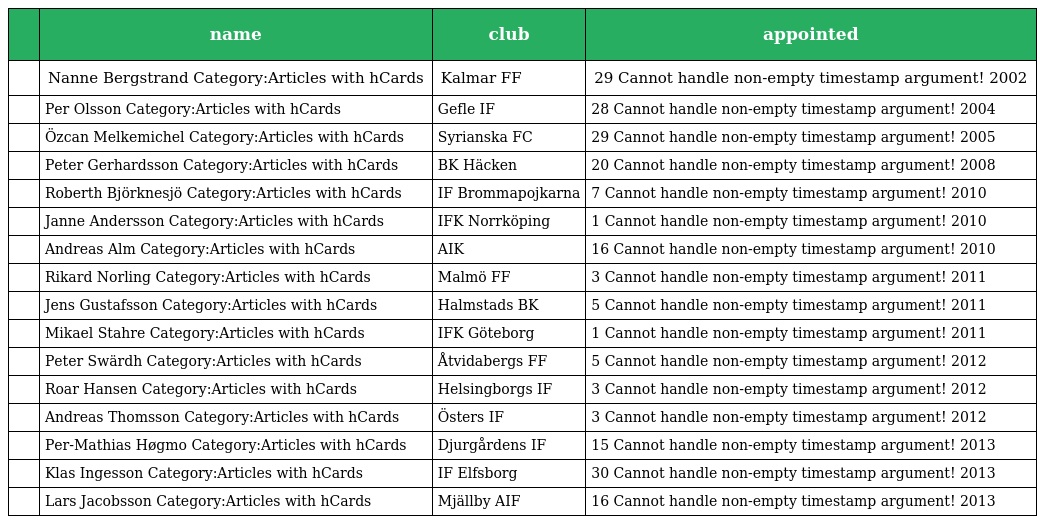
|  | name | club | appointed |
 | --- | --- | --- | --- |
 |  | Nanne Bergstrand Category:Articles with hCards | Kalmar FF | 29 Cannot handle non-empty timestamp argument! 2002 |
 |  | Per Olsson Category:Articles with hCards | Gefle IF | 28 Cannot handle non-empty timestamp argument! 2004 |
 |  | Özcan Melkemichel Category:Articles with hCards | Syrianska FC | 29 Cannot handle non-empty timestamp argument! 2005 |
 |  | Peter Gerhardsson Category:Articles with hCards | BK Häcken | 20 Cannot handle non-empty timestamp argument! 2008 |
 |  | Roberth Björknesjö Category:Articles with hCards | IF Brommapojkarna | 7 Cannot handle non-empty timestamp argument! 2010 |
 |  | Janne Andersson Category:Articles with hCards | IFK Norrköping | 1 Cannot handle non-empty timestamp argument! 2010 |
 |  | Andreas Alm Category:Articles with hCards | AIK | 16 Cannot handle non-empty timestamp argument! 2010 |
 |  | Rikard Norling Category:Articles with hCards | Malmö FF | 3 Cannot handle non-empty timestamp argument! 2011 |
 |  | Jens Gustafsson Category:Articles with hCards | Halmstads BK | 5 Cannot handle non-empty timestamp argument! 2011 |
 |  | Mikael Stahre Category:Articles with hCards | IFK Göteborg | 1 Cannot handle non-empty timestamp argument! 2011 |
 |  | Peter Swärdh Category:Articles with hCards | Åtvidabergs FF | 5 Cannot handle non-empty timestamp argument! 2012 |
 |  | Roar Hansen Category:Articles with hCards | Helsingborgs IF | 3 Cannot handle non-empty timestamp argument! 2012 |
 |  | Andreas Thomsson Category:Articles with hCards | Östers IF | 3 Cannot handle non-empty timestamp argument! 2012 |
 |  | Per-Mathias Høgmo Category:Articles with hCards | Djurgårdens IF | 15 Cannot handle non-empty timestamp argument! 2013 |
 |  | Klas Ingesson Category:Articles with hCards | IF Elfsborg | 30 Cannot handle non-empty timestamp argument! 2013 |
 |  | Lars Jacobsson Category:Articles with hCards | Mjällby AIF | 16 Cannot handle non-empty timestamp argument! 2013 |